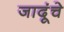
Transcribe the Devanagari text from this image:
जादूंचे